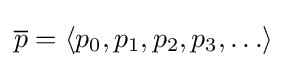
{\overline {p}}=\langle p_{0},p_{1},p_{2},p_{3},\ldots \rangle